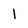
Character: 1